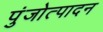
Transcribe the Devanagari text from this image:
पुंजोत्पादन